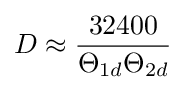
D\approx {\frac {32400}{\Theta _{1d}\Theta _{2d}}}